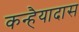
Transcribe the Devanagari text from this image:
कन्हैयादास